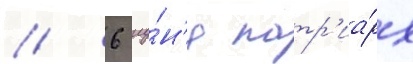
// 6 иу́н'я патр'иа́рх